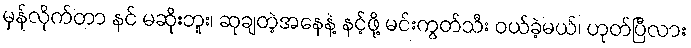
မှန်လိုက်တာ နင် မဆိုးဘူး၊ ဆုချတဲ့အနေနဲ့ နင့်ဖို့ မင်းကွတ်သီး ဝယ်ခဲ့မယ်၊ ဟုတ်ပြီလား